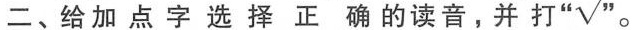
二、给加点字选择正确的读音，并打”√”。